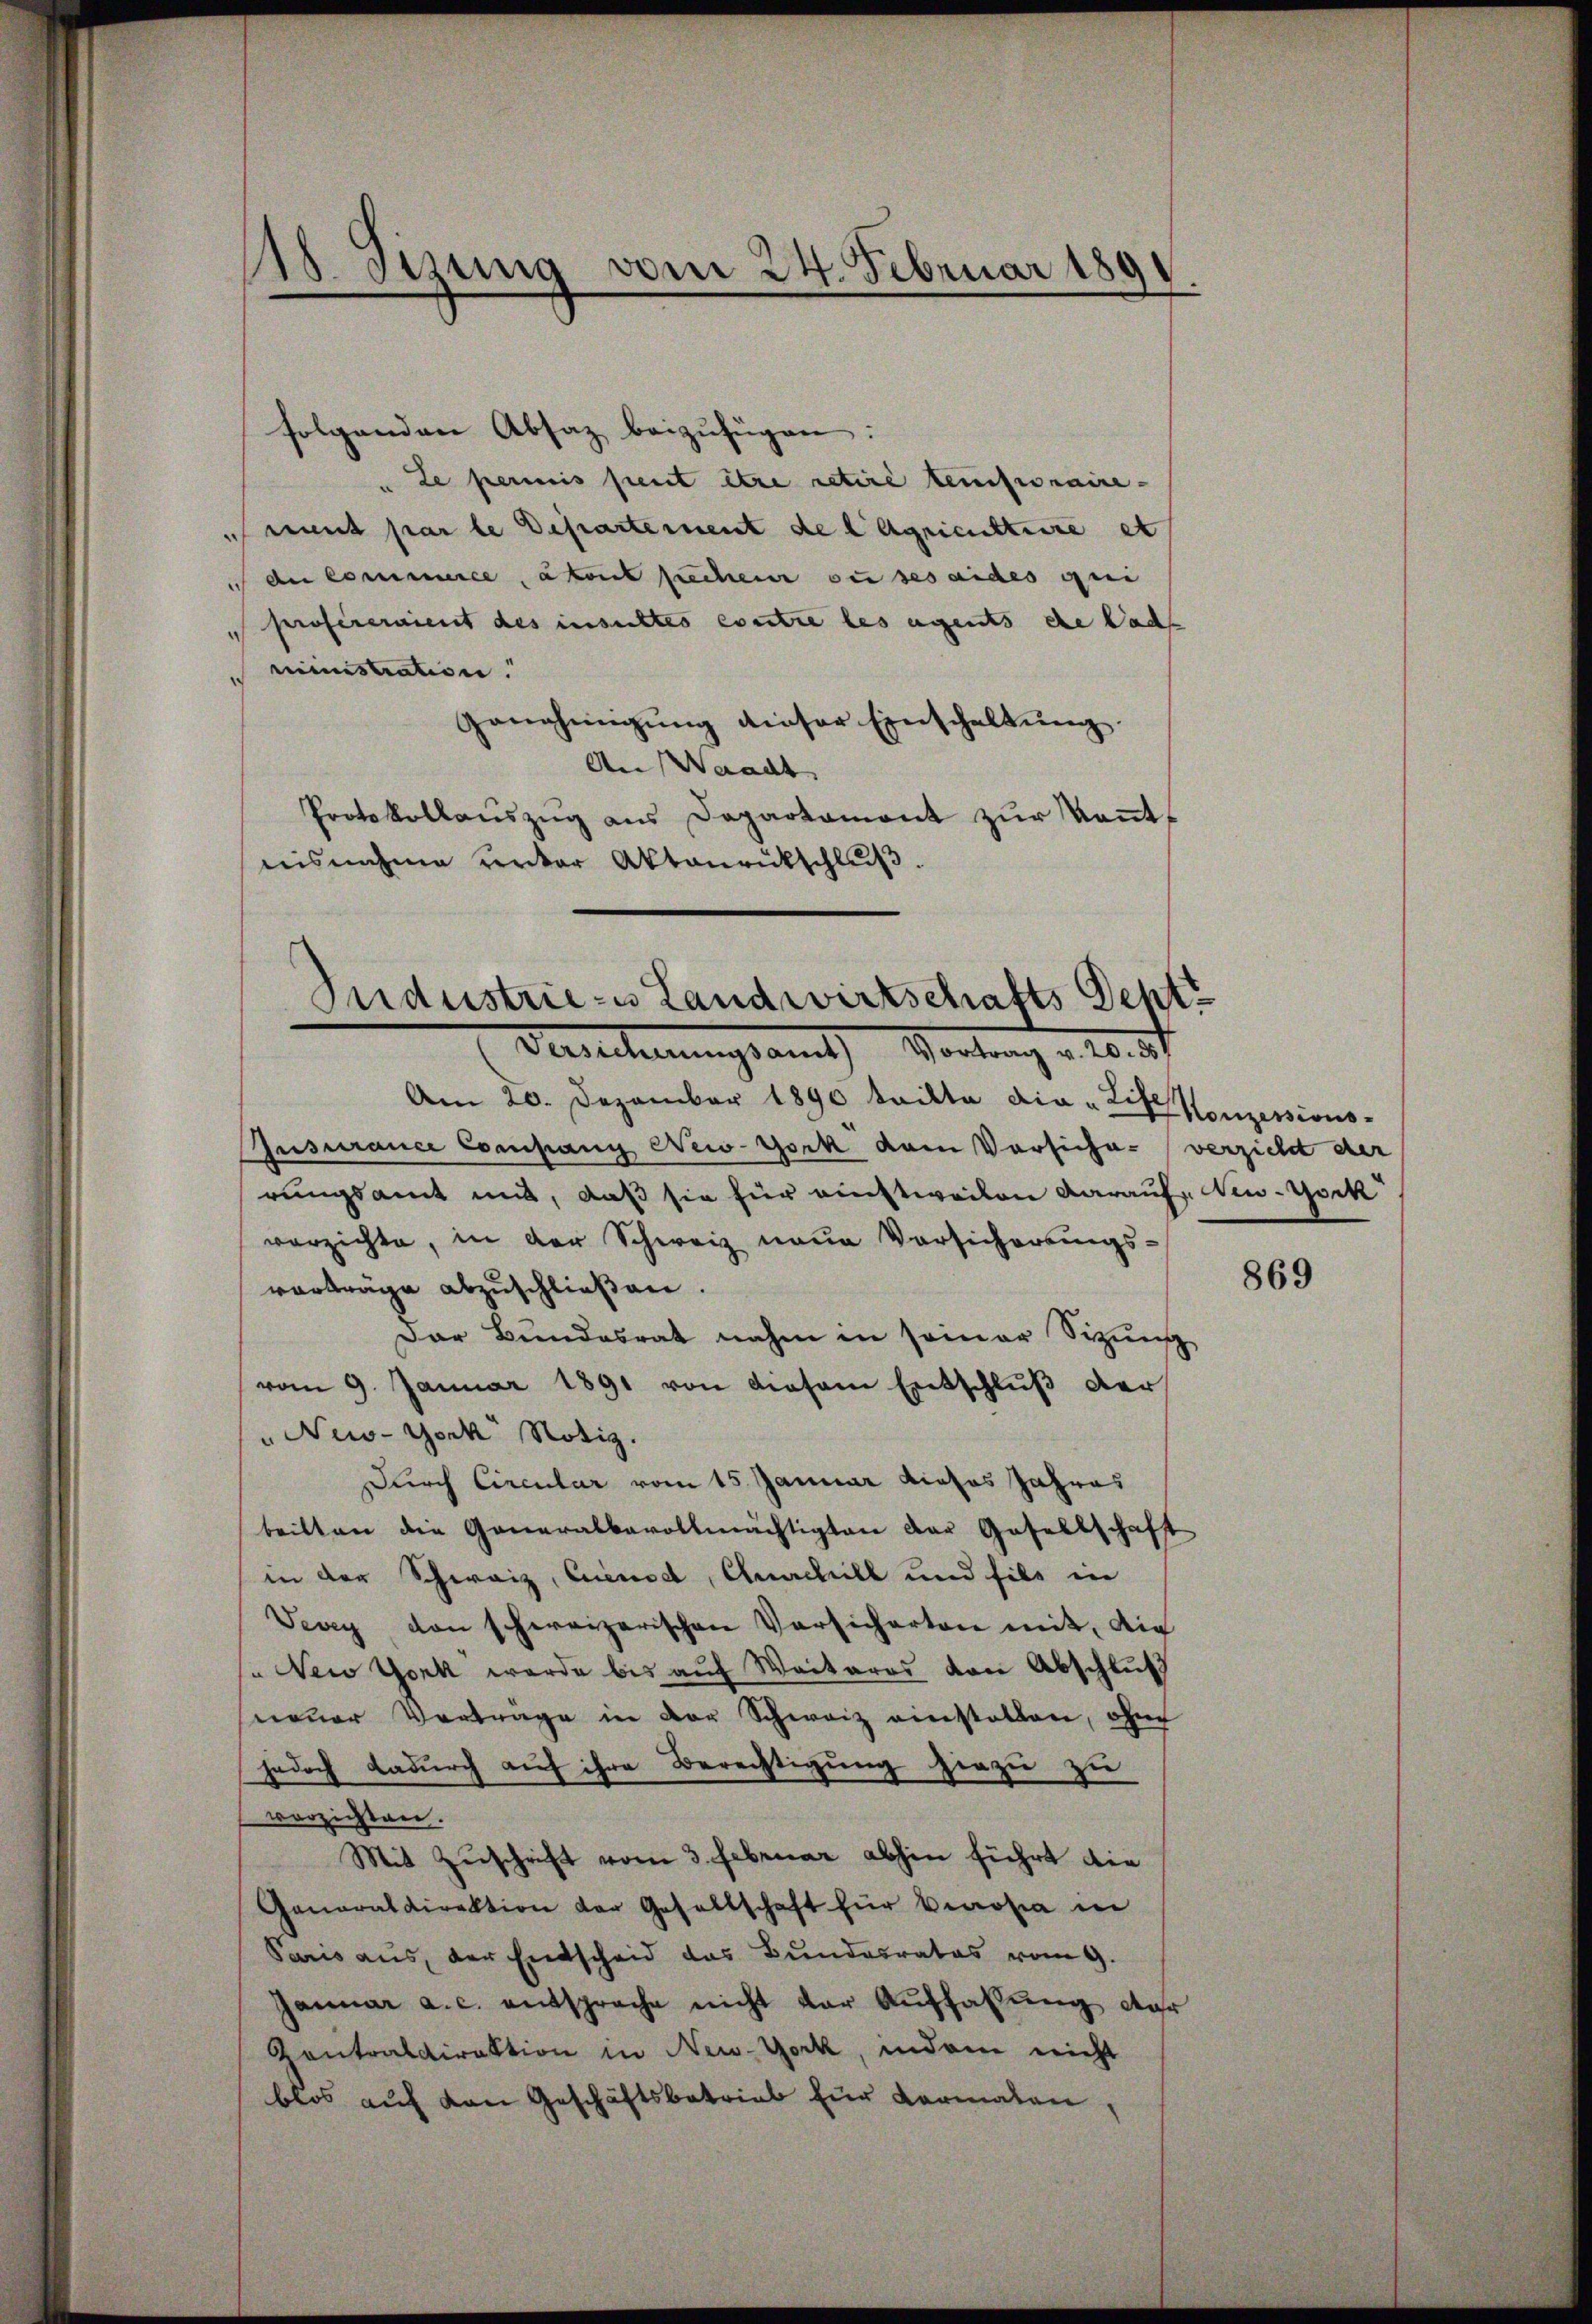
18. Stzung vom 24. Februar 189

folgenden Absaz beizufügen:
Le permis peut être retiré teinseraire-
mnt par le Departement de l Agriculture et
de Commerce, äkont suchen zu ses eides qui
profiseraient des insichtes contre les eigents die dad
ministration.
Genehmigŭng dieser Einschaltung.
An Waadt
Protokollaŭszŭg ans Departament zŭr Keṅt-
nisnahme verker Aktenrückschlŭβ.

Industrie- u Landwirtschafts Deptt
Berecherungsamt Vortrag v. 10.

Am 20. Dezember 1890 tritte dia - Life Konzessions-
Iusurance Exampany New-York dem Vorsiche verzicht der
rungsamt uns, daß sie für einstweilen darauf New-York
verzichte, in der Schweiz neue Vorsicherungs-
vorträge abzuschließen.
Dar Bundesrat nahm in seiner Sizung
vom 9. Januar 1891 von diesem Entschlŭβ der
" New-York Notiz.
Durch Circular vom 15. Januar dieses Jahres
beilten die Generalbevollmächtigten der Gesellschaft
in der Schweiz, Cuenod, Quachill und fils in
Vevey von schweizerischen Versicherten mit, die
" New York werde bis auf Weiteres von Abschluß
neuer Vortrage in der Schweiz einstallen, ohne
jedoch dadurch auf ihre Berechtigung hiezu zu
verzichten.
Mit Zuschrift vom 3. Februar abhin führt die
Generaldirektion der Gesellschaft für Brosia in
Paris aus, der Entscheid das Bundesrates vom 9.
Januar a. c. entsprache nicht der Auffassung der
Contraldirektion in New-York, indem nicht
blos auf den Geschäftsbetrieb für Kormalen,

869